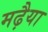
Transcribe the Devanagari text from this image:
मढ़ैया